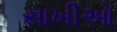
સાખીઓ